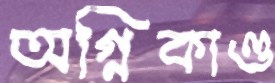
অগ্নিকাণ্ড